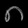
Digit: ၈